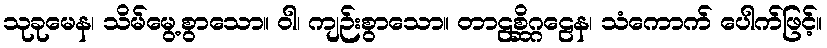
သုခုမေန၊ သိမ်မွေ့စွာသော။ ဝါ၊ ကျဉ်းစွာသော။ တာဠစ္ဆိဂ္ဂဠေန၊ သံကောက် ပေါက်ဖြင့်။